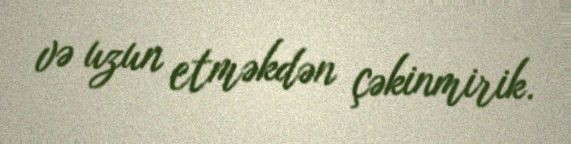
və uzun etməkdən çəkinmirik.